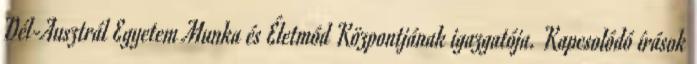
Dél-Ausztrál Egyetem Munka és Életmód Központjának igazgatója. Kapcsolódó írások